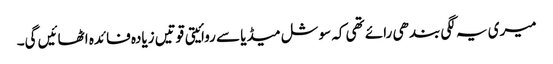
میری یہ لگی بندھی رائے تھی کہ سوشل میڈیا سے روائیتی قوتیں زیادہ فائدہ اٹھائیں گی۔